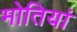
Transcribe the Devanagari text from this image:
मोतियां